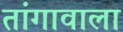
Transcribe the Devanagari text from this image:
तांगावाला